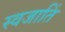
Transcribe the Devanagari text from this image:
स्वजातिं